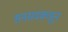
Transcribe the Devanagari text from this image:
सनसदकडून